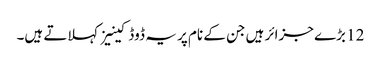
12 بڑے جزائر ہیں جن کے نام پر یہ ڈوڈکینیز کہلاتے ہیں۔